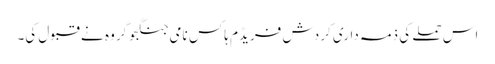
اس حملے کی ذمہ داری کردش فریڈم ہاکس نامی جنگجو گروہ نے قبول کی۔